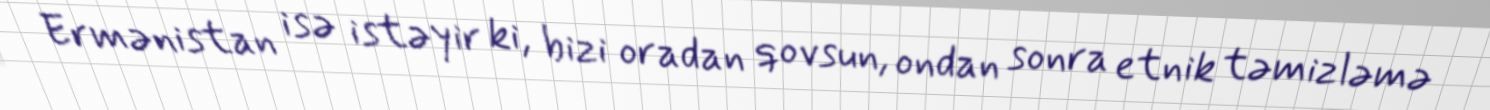
Ermənistan isə istəyir ki, bizi oradan qovsun, ondan sonra etnik təmizləmə